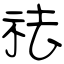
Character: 祛